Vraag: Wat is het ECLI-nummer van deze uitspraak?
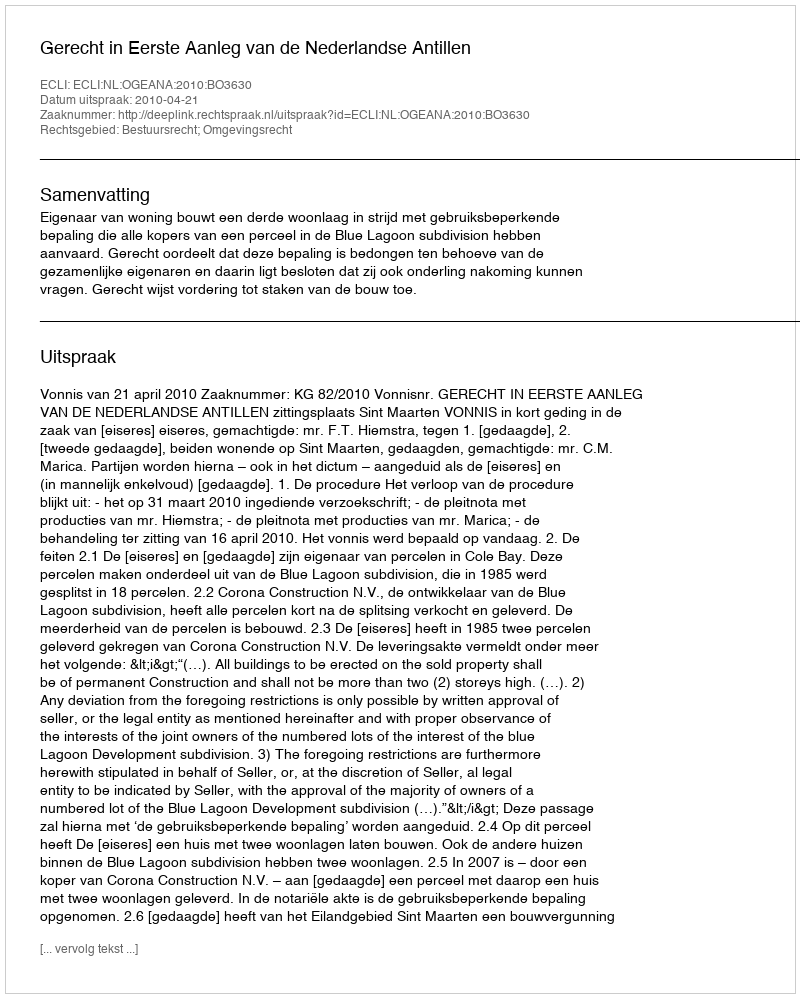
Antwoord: ECLI:NL:OGEANA:2010:BO3630